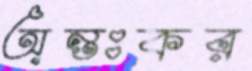
অন্তঃকর